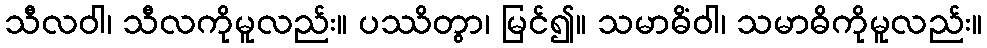
သီလဝါ၊ သီလကိုမူလည်း။ ပဿိတွာ၊ မြင်၍။ သမာဓိံဝါ၊ သမာဓိကိုမူလည်း။